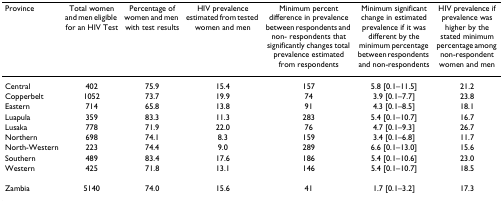
<table><thead><tr><td><b>Province</b></td><td><b>Total women and men eligible for an HIV Test</b></td><td><b>Percentage of women and men with test results</b></td><td><b>HIV prevalence estimated from tested women and men</b></td><td><b>Minimum percent difference in prevalence between respondents and non- respondents that significantly changes total prevalence estimated from respondents</b></td><td><b>Minimum significant change in estimated prevalence if it was different by the minimum percentage between respondents and non-respondents</b></td><td><b>HIV prevalence if prevalence was higher by the stated minimum percentage among non-respondent women and men</b></td></tr></thead><tbody><tr><td>Central</td><td>402</td><td>75.9</td><td>15.4</td><td>157</td><td>5.8 [0.1–11.5]</td><td>21.2</td></tr><tr><td>Copperbelt</td><td>1052</td><td>73.7</td><td>19.9</td><td>74</td><td>3.9 [0.1–7.7]</td><td>23.8</td></tr><tr><td>Eastern</td><td>714</td><td>65.8</td><td>13.8</td><td>91</td><td>4.3 [0.1–8.5]</td><td>18.1</td></tr><tr><td>Luapula</td><td>359</td><td>83.3</td><td>11.3</td><td>283</td><td>5.4 [0.1–10.7]</td><td>16.7</td></tr><tr><td>Lusaka</td><td>778</td><td>71.9</td><td>22.0</td><td>76</td><td>4.7 [0.1–9.3]</td><td>26.7</td></tr><tr><td>Northern</td><td>698</td><td>74.1</td><td>8.3</td><td>159</td><td>3.4 [0.1–6.8]</td><td>11.7</td></tr><tr><td>North-Western</td><td>223</td><td>74.4</td><td>9.0</td><td>289</td><td>6.6 [0.1–13.0]</td><td>15.6</td></tr><tr><td>Southern</td><td>489</td><td>83.4</td><td>17.6</td><td>186</td><td>5.4 [0.1–10.6]</td><td>23.0</td></tr><tr><td>Western</td><td>425</td><td>71.8</td><td>13.1</td><td>146</td><td>5.4 [0.1–10.7]</td><td>18.5</td></tr><tr><td>Zambia</td><td>5140</td><td>74.0</td><td>15.6</td><td>41</td><td>1.7 [0.1–3.2]</td><td>17.3</td></tr></tbody></table>